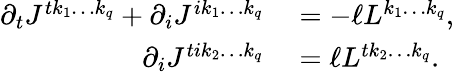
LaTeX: \begin{array}{rl}{\partial_{t}J^{tk_{1}\ldots k_{q}}+\partial_{i}J^{ik_{1}\ldots k_{q}}}&{{}=-\ell L^{k_{1}\ldots k_{q}},}\\ {\partial_{i}J^{tik_{2}\ldots k_{q}}}&{{}=\ell L^{tk_{2}\ldots k_{q}}.}\end{array}